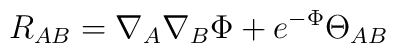
R_{AB}=\nabla _{A}\nabla _{B}\Phi +e^{-\Phi }\Theta _{AB}